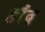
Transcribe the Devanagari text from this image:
हौंद